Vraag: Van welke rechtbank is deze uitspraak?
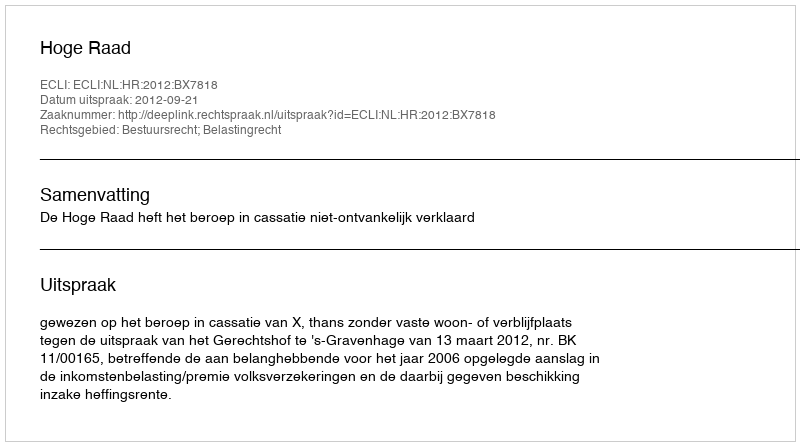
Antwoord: Hoge Raad